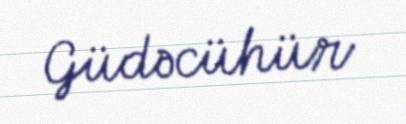
Güdəcühür